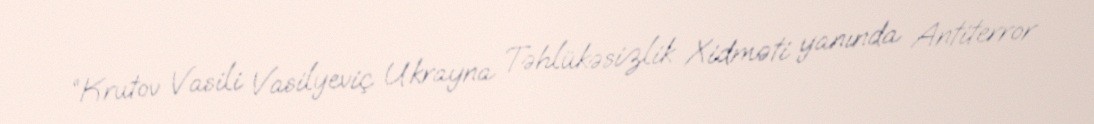
“Krutov Vasili Vasilyeviç Ukrayna Təhlükəsizlik Xidməti yanında Antiterror